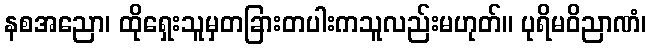
နစအညော၊ ထိုရှေးသူမှတခြားတပါးကသူလည်းမဟုတ်။ ပုရိမဝိညာဏံ၊